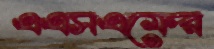
এএসএফের